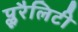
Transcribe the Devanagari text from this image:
प्लूरैलिटी